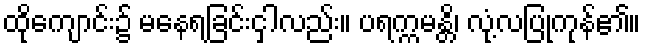
ထိုကျောင်း၌ မနေရခြင်းငှါလည်း။ ပရက္ကမန္တိ၊ လုံ့လပြုကုန်၏။